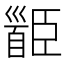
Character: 𩠝